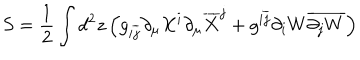
S = \frac { 1 } { 2 } \int d ^ { 2 } z \left( g _ { i \overline { { { j } } } } \partial _ { \mu } X ^ { i } \partial _ { \mu } \overline { { { X } } } ^ { j } + g ^ { i \overline { { { j } } } } \partial _ { i } W \overline { { { \partial _ { j } W } } } \right)